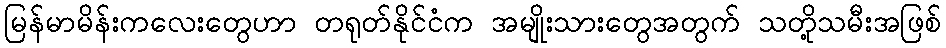
မြန်မာမိန်းကလေးတွေဟာ တရုတ်နိုင်ငံက အမျိုးသားတွေအတွက် သတို့သမီးအဖြစ်